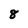
Character: 8